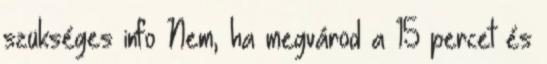
szükséges info Nem, ha megvárod a 15 percet és